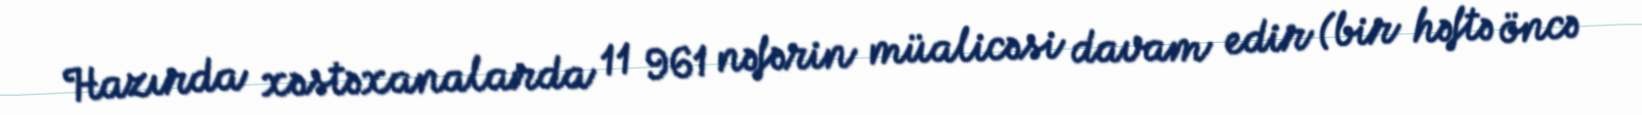
Hazırda xəstəxanalarda 11 961 nəfərin müalicəsi davam edir (bir həftə öncə